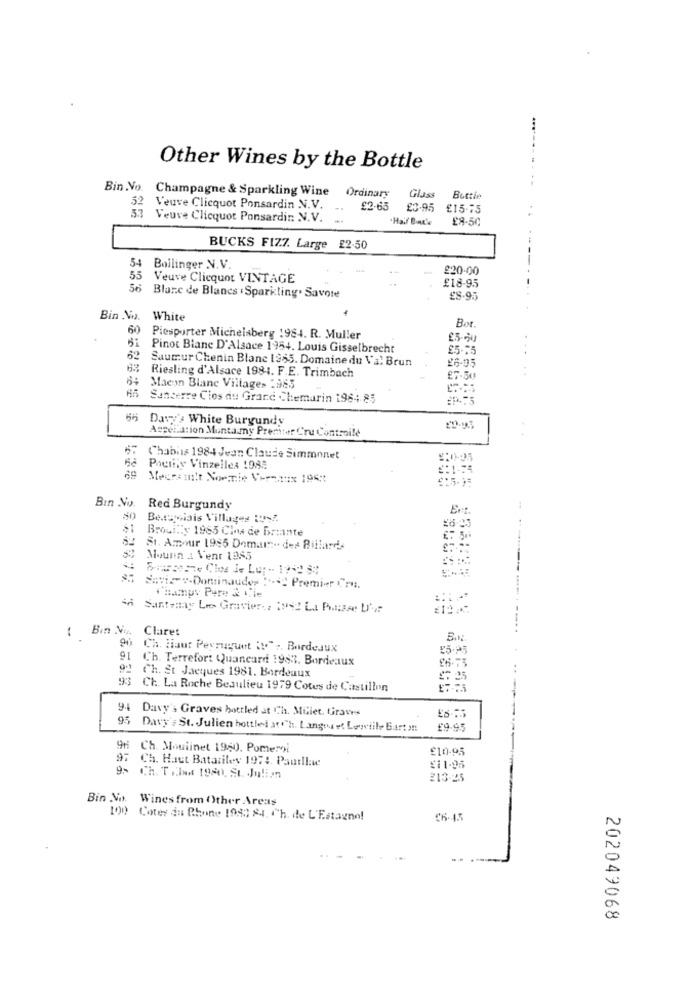
Other Wines by the Bottle
Bin .No.
52
Champagne & Sparkling Wine Ordinary
Glass
Bottle
Veuve Clicquot Ponsardin N.V.
£2.65
£3-95
£15-75
53 Veuve Clicquot Ponsardin N.V.
Hail Bau'e
£9-50
BUCKS FIZ7. Large 22.50
54 Bollinger N.V.
£20.00
55 Veuve Clicquot VINTAGE
£18-95
56 Blanc de Blancs . Sparkling. Savote
£8.95
Bin No. White
Bo
60
Piesporter Michelaberg 1984. R. Muller
£5-20
Pinot Blanc D'Alsace 1954. Louis Gisselbrecht
£5-55
62
Saumur Chenin Blanc 1985. Domaine du Val Brun
£6-05
63 Riesling d'Alsace 1984. F.E. Trimbach
£7-50
64 Macon Blane Villages 2985
Sancerre Cios du Grand Chemurin 1964 85
66 Dawy's White Burgundy
Appellation Muntamy Premier Cru Controile
Chablis 1984 Jean Claude Simmonet
Pouilly Vinzelles 1985
#:1-74
69 Mecramitt Noemie Vere ::: x 1957
Bin No.
Red Burgundy
20
Bedoyaiais Villages LUZ
Brouilly 1965 Cina de Br:ante
St. Amour 1985 Demain .. des Billard.
Mounn & Venr 1385
SEte Cloe Je Lug -. 19-2 5:
Savie-Dominaudes 1+4℃ Premier Cru.
thampy Pure & Cie
4h Santenay Lis Gravier .: 192 La Piazza UM
( Bin No. Claret
Ch. Hiaut Peymuguet :! " ,. Bordeaux
E5.25
Ch. Terrefort Quancard 1983. Bordeaux
Ch. St Jacques 1981. Bordeaux
₾ 25
93 Ch. La Roche Beaulieu 1979 Cotes de Castillon
94 Davy , Graves bottled at Ch. Millet, Graves
95 Davy's St. Julien bottled at Ch. Langeet Lewill Barton
£9.95
9f Ch. Moulinet 1960. Pomemni
£10-95
97
Ch. Haut Batariley 1974. Pautll:we
£11.95
9- Ch. Til 1980), St Julien
213-25
Bin No. Wines from Other Areas
100 Cotes du Rhone 1983 24. Ch. de L'Estagno!
26- 15
202049068